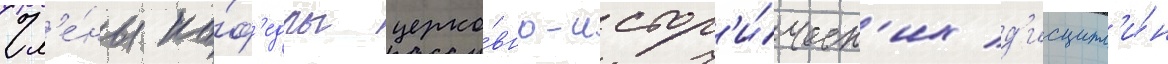
Чл'е́ны ка́ф'едры церко́вно-истор'и́ческ'их д'исципл'и́н